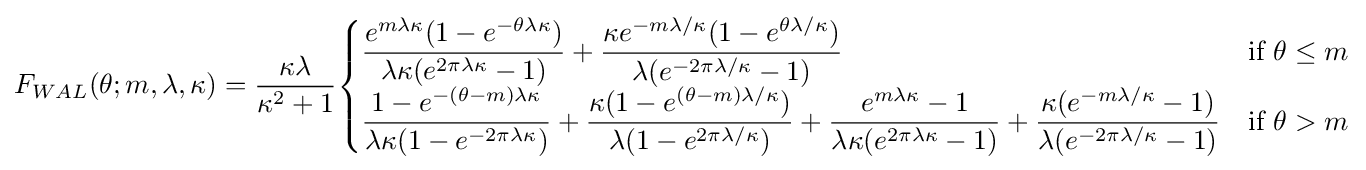
F_{WAL}(\theta ;m,\lambda ,\kappa )={\dfrac {\kappa \lambda }{\kappa ^{2}+1}}{\begin{cases}{\dfrac {e^{m\lambda \kappa }(1-e^{-\theta \lambda \kappa })}{\lambda \kappa (e^{2\pi \lambda \kappa }-1)}}+{\dfrac {\kappa e^{-m\lambda /\kappa }(1-e^{\theta \lambda /\kappa })}{\lambda (e^{-2\pi \lambda /\kappa }-1)}}&{\text{if }}\theta \leq m\\{\dfrac {1-e^{-(\theta -m)\lambda \kappa }}{\lambda \kappa (1-e^{-2\pi \lambda \kappa })}}+{\dfrac {\kappa (1-e^{(\theta -m)\lambda /\kappa })}{\lambda (1-e^{2\pi \lambda /\kappa })}}+{\dfrac {e^{m\lambda \kappa }-1}{\lambda \kappa (e^{2\pi \lambda \kappa }-1)}}+{\dfrac {\kappa (e^{-m\lambda /\kappa }-1)}{\lambda (e^{-2\pi \lambda /\kappa }-1)}}&{\text{if }}\theta >m\end{cases}}